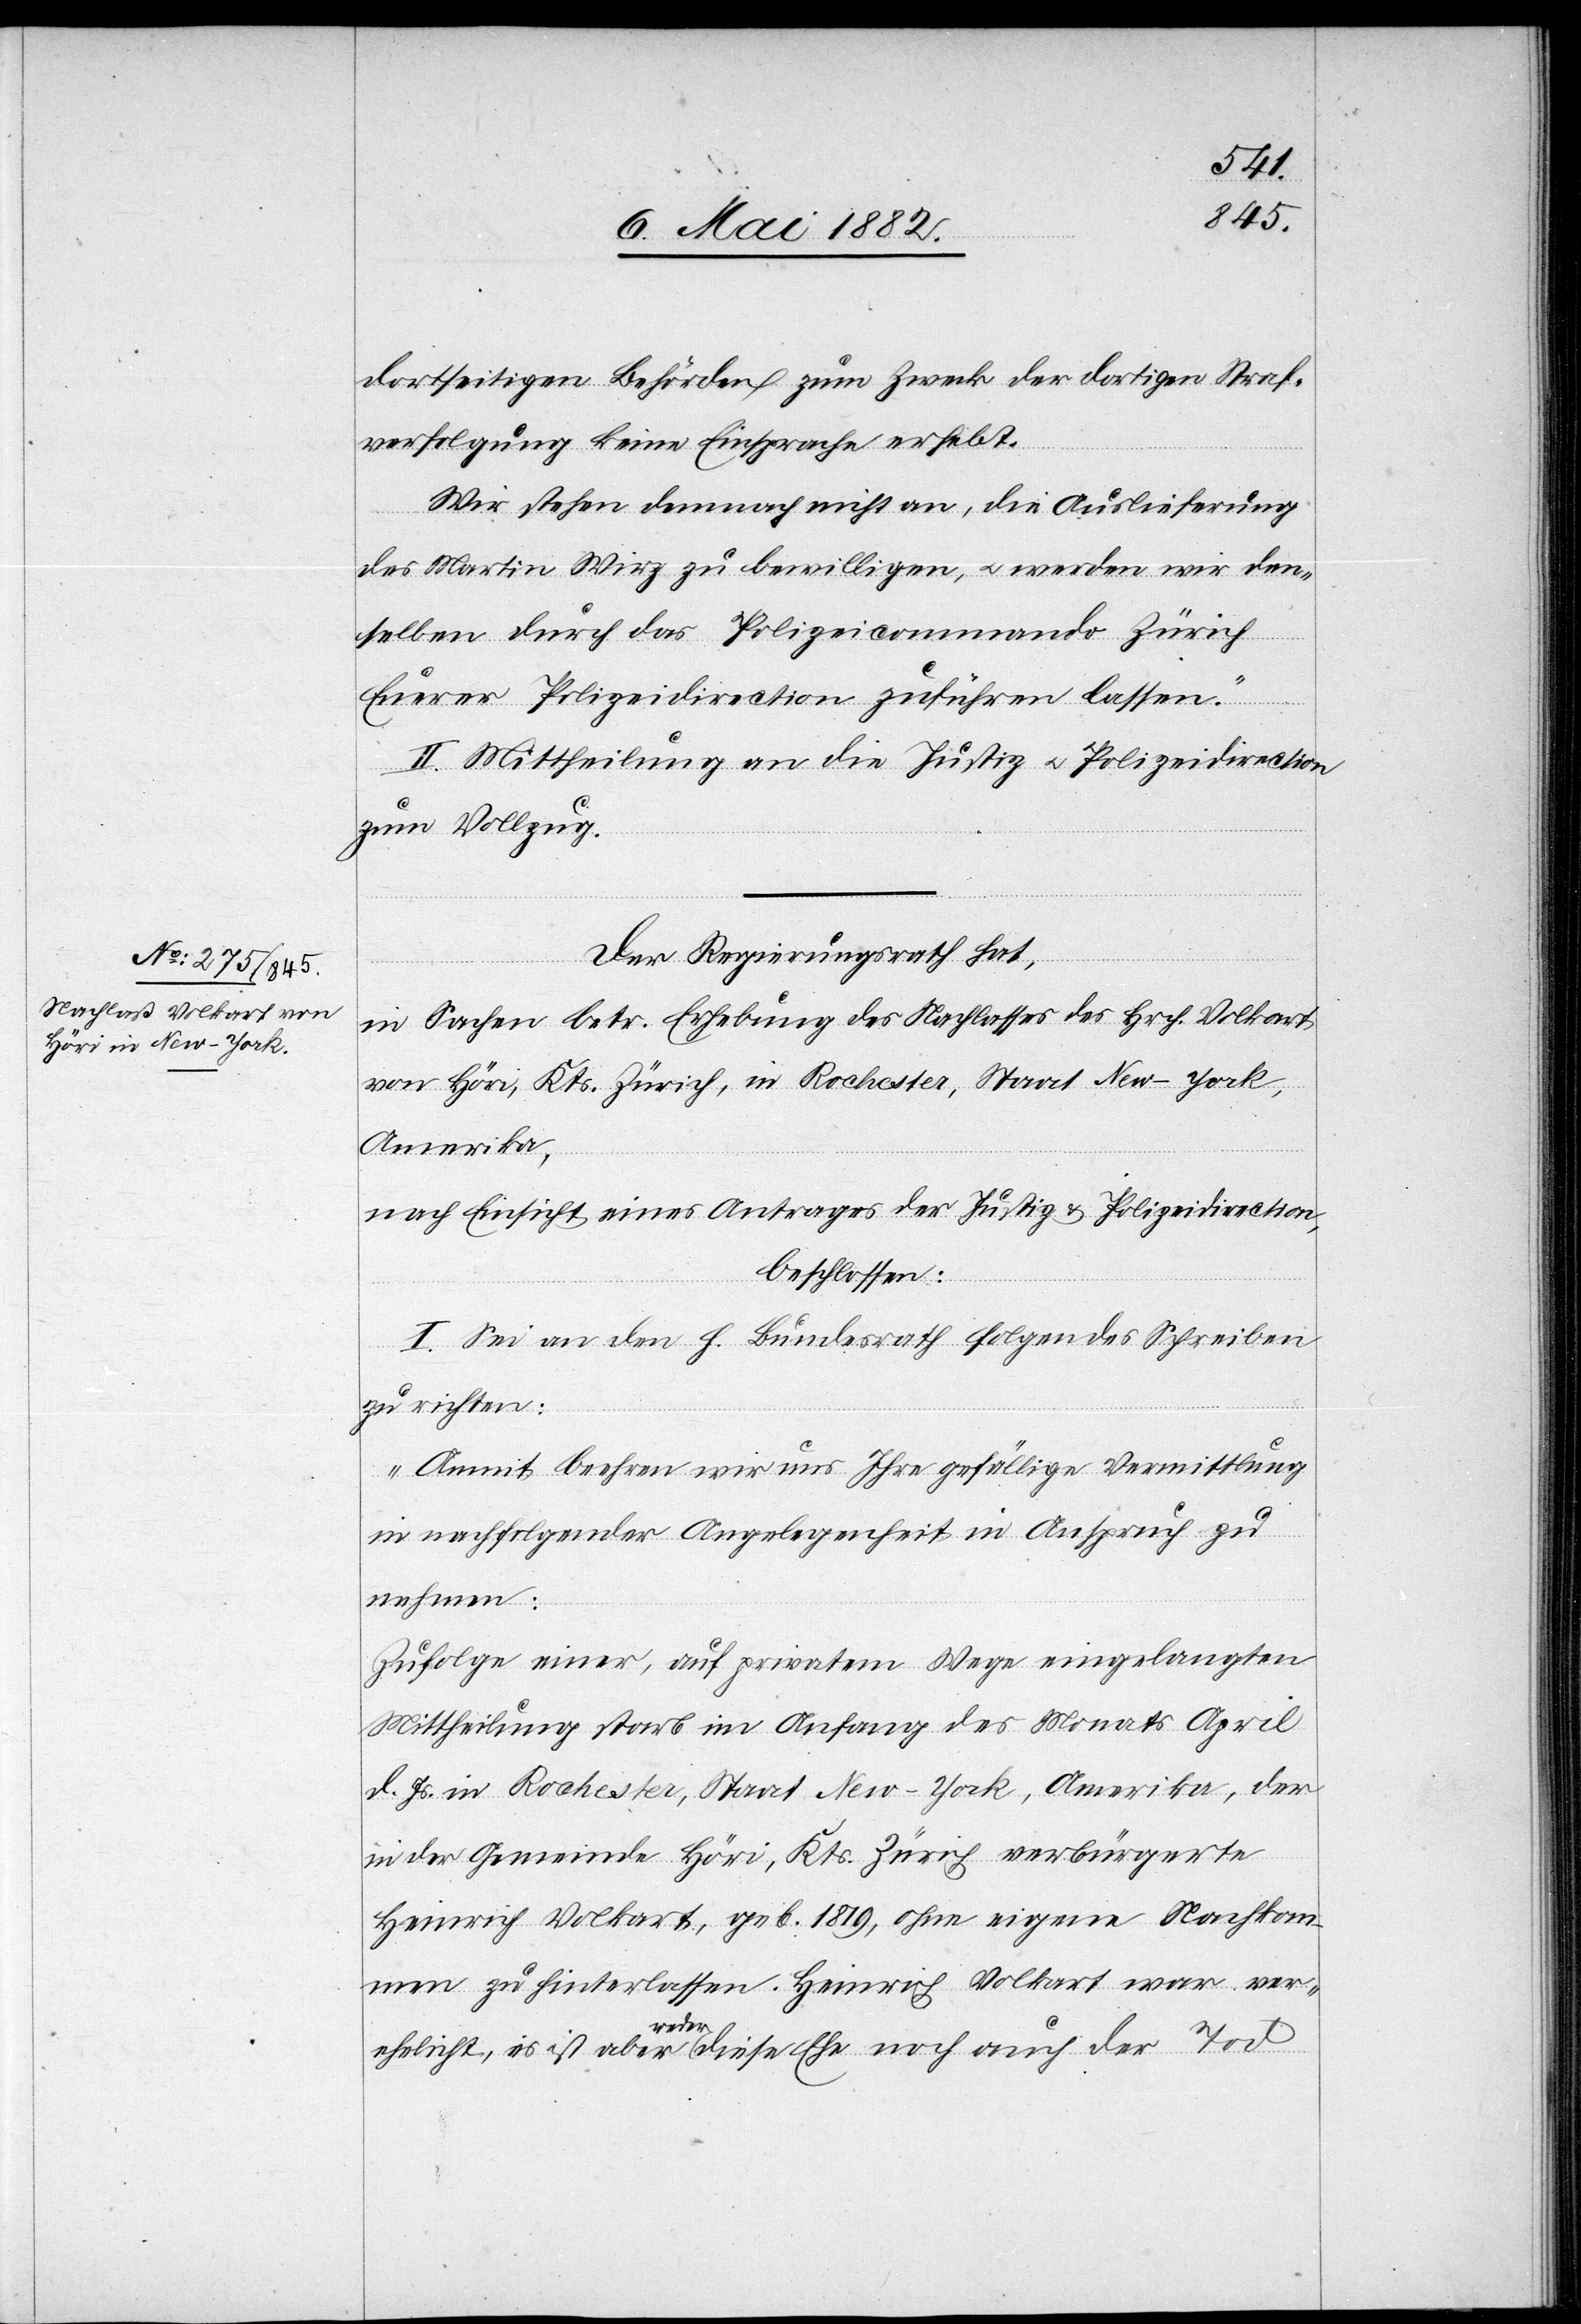
dortseitigen Behörden zum Zweck der dortigen Straf¬
verfolgung keine Einsprache erhebt.
Wir stehen demnach nicht an, die Auslieferung
des Martin Wirz zu bewilligen, u. werden wir den¬
selben durch das Polizeikommando Zürich
Euerer Polizeidirection zuführen lassen.“
II. Mittheilung an die Justiz[-] u. Polizeidirection
zum Vollzug.
Der Regierungsrath hat,
in Sachen betr. Erhebung des Nachlasses des Hrch. Volkart
von Höri, Kts. Zürich, in Rochester, Staat New-York,
Amerika,
nach Einsicht eines Antrages der Justiz[-] & Polizeidirection,
beschlossen:
I. Sei an den h. Bundesrath folgendes Schreiben
zu richten:
„Anmit beehren wir uns Ihre gefällige Vermittlung
in nachfolgender Angelegenheit in Anspruch zu
nehmen:
Zufolge einer, auf privatem Wege eingelangten
Mittheilung starb im Anfang des Monats April
d. Js. in Rochester, Staat New-York, Amerika, der
in der Gemeinde Höri, Kts. Zürich verbürgerte
Heinrich Volkart, geb. 1819, ohne eigene Nachkom¬
men zu hinterlassen. Heinrich Volkart war ver¬
ehelicht, es ist aber weder diese Ehe noch auch der Tod